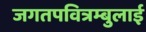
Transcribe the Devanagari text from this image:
जगतपवित्रम्बुलाई